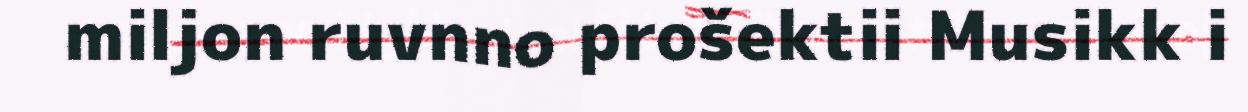
miljon ruvnno prošektii Musikk i